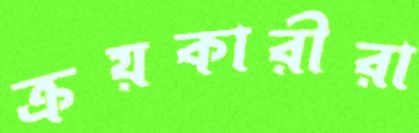
ক্রয়কারীরা